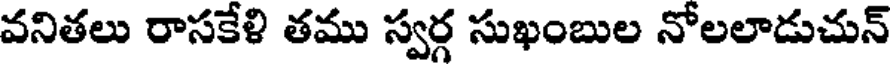
వనితలు రాసకేళి తము స్వర్గ సుఖంబుల నోలలాడుచున్